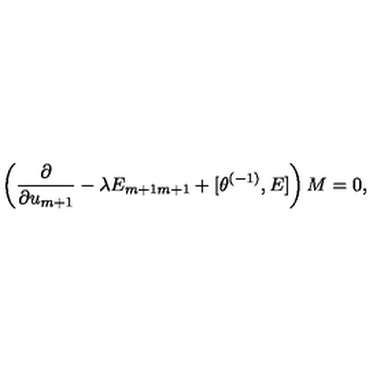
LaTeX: \left( \frac { \partial } { \partial u _ { m + 1 } } - \lambda E _ { m + 1 m + 1 } + \lbrack \theta ^ { ( - 1 ) } , E \rbrack \right) M = 0 ,